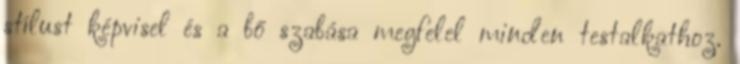
stílust képvisel és a bő szabása megfelel minden testalkathoz.